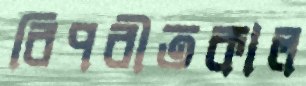
বিপরীতকাল